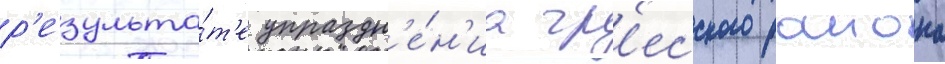
р'езульта́т'е упраздн'е́н'иа гр'есского раиона